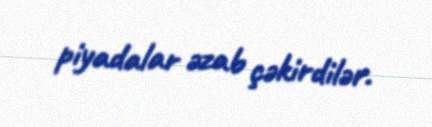
piyadalar əzab çəkirdilər.